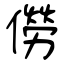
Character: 僗